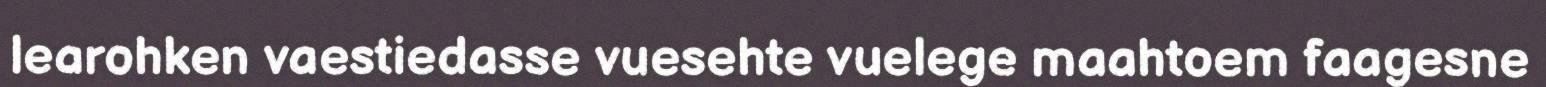
learohken vaestiedasse vuesehte vuelege maahtoem faagesne